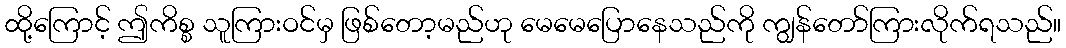
ထို့ကြောင့် ဤကိစ္စ သူကြားဝင်မှ ဖြစ်တော့မည်ဟု မေမေပြောနေသည်ကို ကျွန်တော်ကြားလိုက်ရသည်။